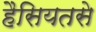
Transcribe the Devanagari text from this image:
हैसियतसे